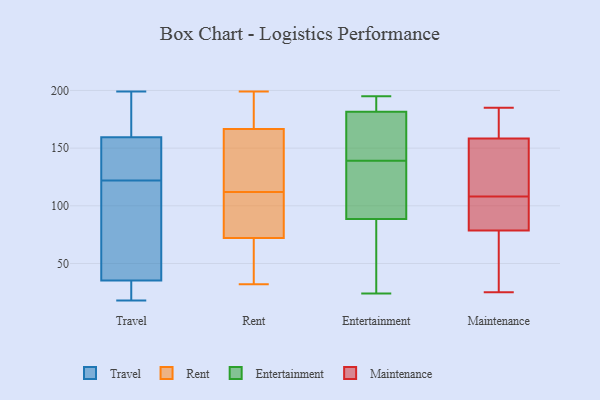
{"axis": {"x": "Satisfaction Score", "y": "Value"}, "legend": ["Entertainment", "Maintenance", "Rent", "Travel"], "data": [{"x": "", "y": 150, "type": "Travel"}, {"x": "", "y": 33, "type": "Travel"}, {"x": "", "y": 147, "type": "Travel"}, {"x": "", "y": 158, "type": "Travel"}, {"x": "", "y": 78, "type": "Travel"}, {"x": "", "y": 122, "type": "Travel"}, {"x": "", "y": 198, "type": "Travel"}, {"x": "", "y": 198, "type": "Travel"}, {"x": "", "y": 18, "type": "Travel"}, {"x": "", "y": 41, "type": "Travel"}, {"x": "", "y": 164, "type": "Travel"}, {"x": "", "y": 49, "type": "Travel"}, {"x": "", "y": 199, "type": "Travel"}, {"x": "", "y": 23, "type": "Travel"}, {"x": "", "y": 33, "type": "Travel"}, {"x": "", "y": 36, "type": "Travel"}, {"x": "", "y": 132, "type": "Travel"}, {"x": "", "y": 141, "type": "Rent"}, {"x": "", "y": 57, "type": "Rent"}, {"x": "", "y": 173, "type": "Rent"}, {"x": "", "y": 32, "type": "Rent"}, {"x": "", "y": 160, "type": "Rent"}, {"x": "", "y": 79, "type": "Rent"}, {"x": "", "y": 73, "type": "Rent"}, {"x": "", "y": 191, "type": "Rent"}, {"x": "", "y": 71, "type": "Rent"}, {"x": "", "y": 120, "type": "Rent"}, {"x": "", "y": 199, "type": "Rent"}, {"x": "", "y": 175, "type": "Rent"}, {"x": "", "y": 50, "type": "Rent"}, {"x": "", "y": 84, "type": "Rent"}, {"x": "", "y": 104, "type": "Rent"}, {"x": "", "y": 156, "type": "Rent"}, {"x": "", "y": 94, "type": "Entertainment"}, {"x": "", "y": 167, "type": "Entertainment"}, {"x": "", "y": 130, "type": "Entertainment"}, {"x": "", "y": 187, "type": "Entertainment"}, {"x": "", "y": 188, "type": "Entertainment"}, {"x": "", "y": 26, "type": "Entertainment"}, {"x": "", "y": 176, "type": "Entertainment"}, {"x": "", "y": 195, "type": "Entertainment"}, {"x": "", "y": 148, "type": "Entertainment"}, {"x": "", "y": 24, "type": "Entertainment"}, {"x": "", "y": 118, "type": "Entertainment"}, {"x": "", "y": 83, "type": "Entertainment"}, {"x": "", "y": 30, "type": "Maintenance"}, {"x": "", "y": 25, "type": "Maintenance"}, {"x": "", "y": 61, "type": "Maintenance"}, {"x": "", "y": 91, "type": "Maintenance"}, {"x": "", "y": 97, "type": "Maintenance"}, {"x": "", "y": 185, "type": "Maintenance"}, {"x": "", "y": 169, "type": "Maintenance"}, {"x": "", "y": 150, "type": "Maintenance"}, {"x": "", "y": 108, "type": "Maintenance"}, {"x": "", "y": 89, "type": "Maintenance"}, {"x": "", "y": 95, "type": "Maintenance"}, {"x": "", "y": 32, "type": "Maintenance"}, {"x": "", "y": 129, "type": "Maintenance"}, {"x": "", "y": 148, "type": "Maintenance"}, {"x": "", "y": 161, "type": "Maintenance"}, {"x": "", "y": 169, "type": "Maintenance"}, {"x": "", "y": 75, "type": "Maintenance"}, {"x": "", "y": 115, "type": "Maintenance"}, {"x": "", "y": 172, "type": "Maintenance"}]}